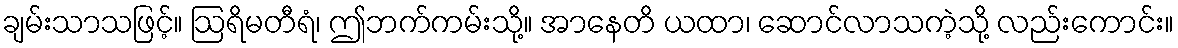
ချမ်းသာသဖြင့်။ ဩရိမတီရံ၊ ဤဘက်ကမ်းသို့။ အာနေတိ ယထာ၊ ဆောင်လာသကဲ့သို့ လည်းကောင်း။